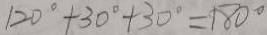
1 2 0 ^ { \circ } + 3 0 ^ { \circ } + 3 0 ^ { \circ } = 1 8 0 ^ { \circ }